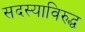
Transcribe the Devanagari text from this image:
सदस्याविरुद्ध